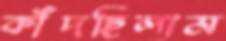
কাঁদছিলাম